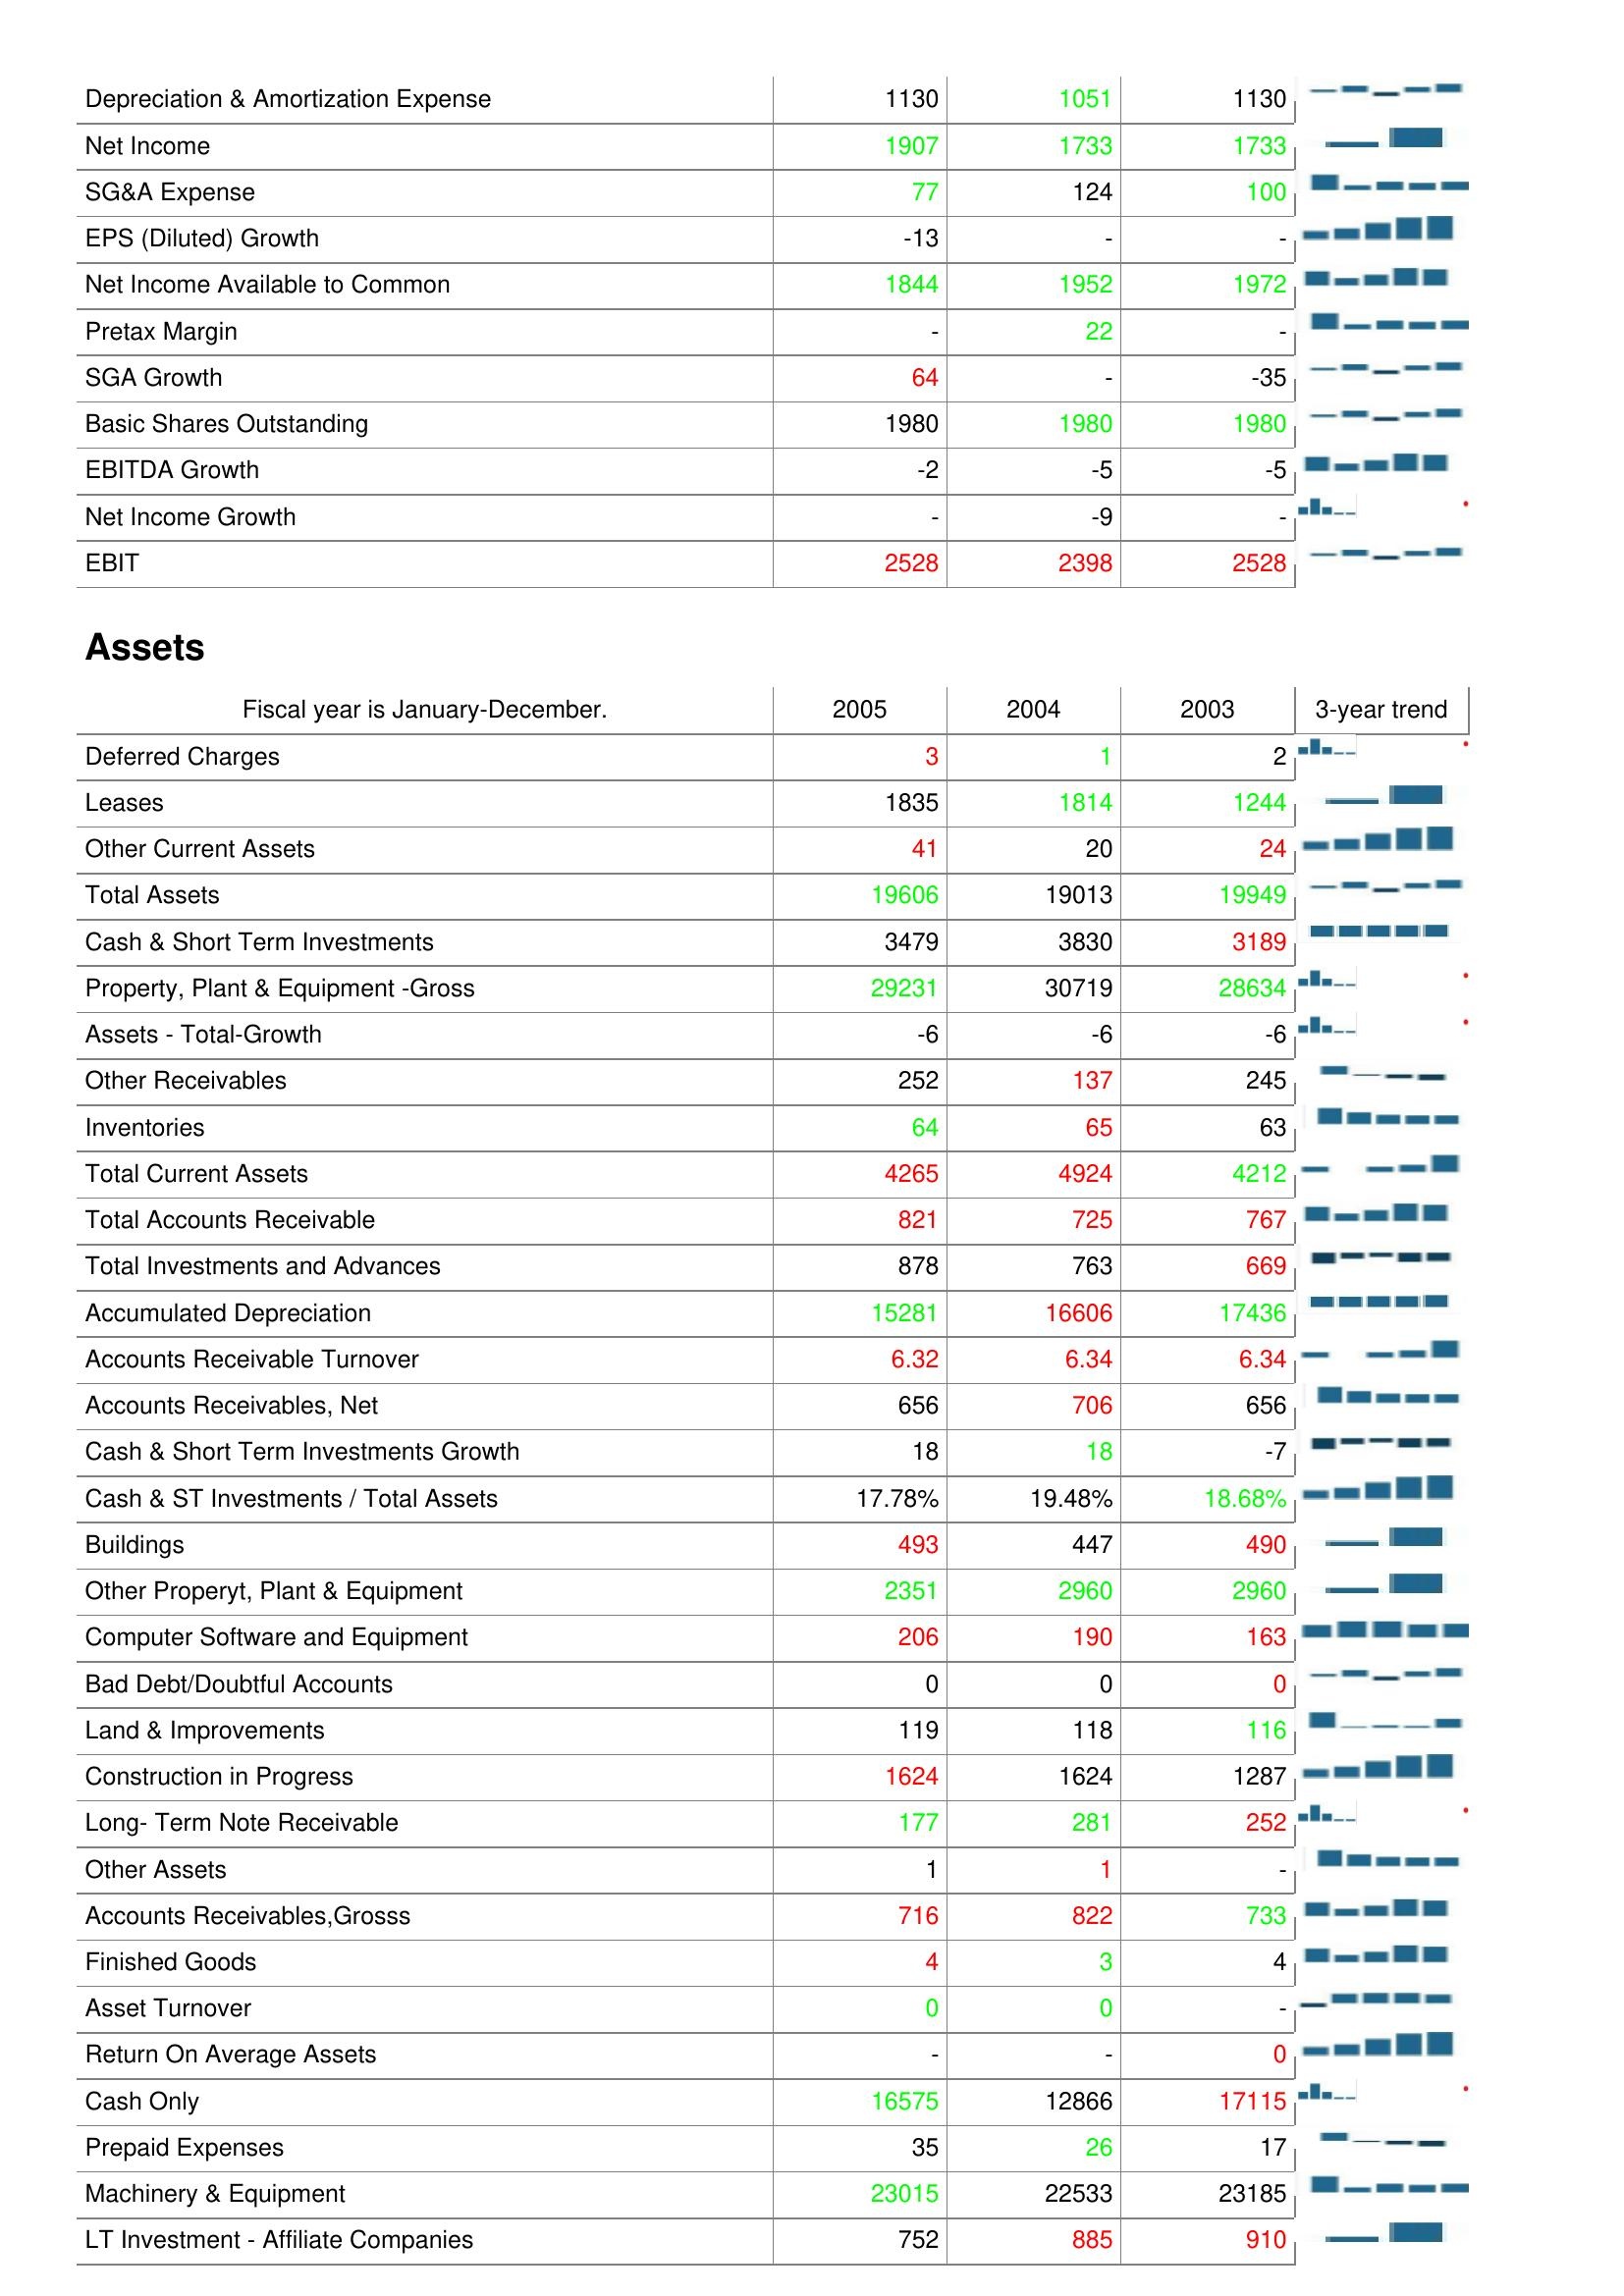
2005: : Depreciation & Amortization Expense: 1130
Net Income: 1907
SG&A Expense: 77
EPS (Diluted) Growth: -13
Net Income Available to Common: 1844
Pretax Margin: -
SGA Growth: 64
Basic Shares Outstanding: 1980
EBITDA Growth: -2
Net Income Growth: -
EBIT: 2528
Assets: Deferred Charges: 3
Leases: 1835
Other Current Assets: 41
Total Assets: 19606
Cash & Short Term Investments: 3479
Property, Plant & Equipment -Gross: 29231
Assets - Total-Growth: -6
Other Receivables: 252
Inventories: 64
Total Current Assets: 4265
Total Accounts Receivable: 821
Total Investments and Advances: 878
Accumulated Depreciation: 15281
Accounts Receivable Turnover: 6.32
Accounts Receivables, Net: 656
Cash & Short Term Investments Growth: 18
Cash & ST Investments / Total Assets: 17.78%
Buildings: 493
Other Properyt, Plant & Equipment: 2351
Computer Software and Equipment: 206
Bad Debt/Doubtful Accounts: 0
Land & Improvements: 119
Construction in Progress: 1624
Long- Term Note Receivable: 177
Other Assets: 1
Accounts Receivables,Grosss: 716
Finished Goods: 4
Asset Turnover: 0
Return On Average Assets: -
Cash Only: 16575
Prepaid Expenses: 35
Machinery & Equipment: 23015
LT Investment - Affiliate Companies: 752
2004: : Depreciation & Amortization Expense: 1051
Net Income: 1733
SG&A Expense: 124
EPS (Diluted) Growth: -
Net Income Available to Common: 1952
Pretax Margin: 22
SGA Growth: -
Basic Shares Outstanding: 1980
EBITDA Growth: -5
Net Income Growth: -9
EBIT: 2398
Assets: Deferred Charges: 1
Leases: 1814
Other Current Assets: 20
Total Assets: 19013
Cash & Short Term Investments: 3830
Property, Plant & Equipment -Gross: 30719
Assets - Total-Growth: -6
Other Receivables: 137
Inventories: 65
Total Current Assets: 4924
Total Accounts Receivable: 725
Total Investments and Advances: 763
Accumulated Depreciation: 16606
Accounts Receivable Turnover: 6.34
Accounts Receivables, Net: 706
Cash & Short Term Investments Growth: 18
Cash & ST Investments / Total Assets: 19.48%
Buildings: 447
Other Properyt, Plant & Equipment: 2960
Computer Software and Equipment: 190
Bad Debt/Doubtful Accounts: 0
Land & Improvements: 118
Construction in Progress: 1624
Long- Term Note Receivable: 281
Other Assets: 1
Accounts Receivables,Grosss: 822
Finished Goods: 3
Asset Turnover: 0
Return On Average Assets: -
Cash Only: 12866
Prepaid Expenses: 26
Machinery & Equipment: 22533
LT Investment - Affiliate Companies: 885
2003: : Depreciation & Amortization Expense: 1130
Net Income: 1733
SG&A Expense: 100
EPS (Diluted) Growth: -
Net Income Available to Common: 1972
Pretax Margin: -
SGA Growth: -35
Basic Shares Outstanding: 1980
EBITDA Growth: -5
Net Income Growth: -
EBIT: 2528
Assets: Deferred Charges: 2
Leases: 1244
Other Current Assets: 24
Total Assets: 19949
Cash & Short Term Investments: 3189
Property, Plant & Equipment -Gross: 28634
Assets - Total-Growth: -6
Other Receivables: 245
Inventories: 63
Total Current Assets: 4212
Total Accounts Receivable: 767
Total Investments and Advances: 669
Accumulated Depreciation: 17436
Accounts Receivable Turnover: 6.34
Accounts Receivables, Net: 656
Cash & Short Term Investments Growth: -7
Cash & ST Investments / Total Assets: 18.68%
Buildings: 490
Other Properyt, Plant & Equipment: 2960
Computer Software and Equipment: 163
Bad Debt/Doubtful Accounts: 0
Land & Improvements: 116
Construction in Progress: 1287
Long- Term Note Receivable: 252
Other Assets: -
Accounts Receivables,Grosss: 733
Finished Goods: 4
Asset Turnover: -
Return On Average Assets: 0
Cash Only: 17115
Prepaid Expenses: 17
Machinery & Equipment: 23185
LT Investment - Affiliate Companies: 910